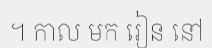
។ កាល មក រៀន នៅ